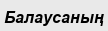
Балаусаның